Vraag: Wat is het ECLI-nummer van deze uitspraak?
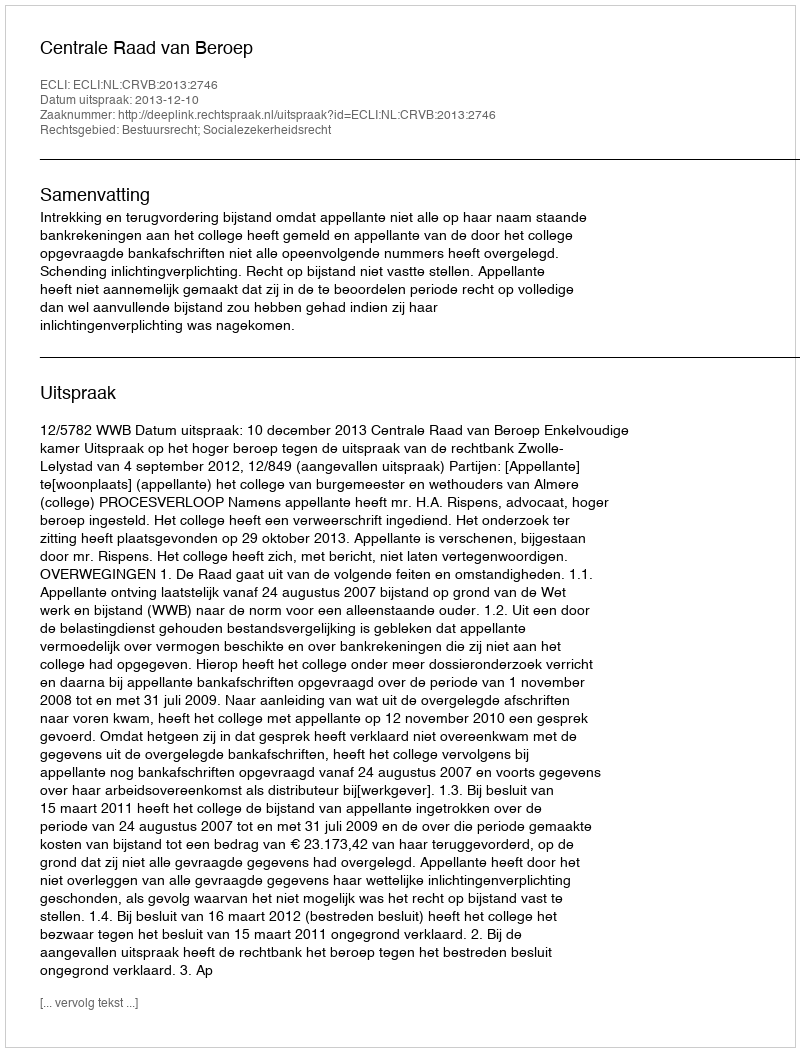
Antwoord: ECLI:NL:CRVB:2013:2746